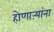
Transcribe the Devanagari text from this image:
होणाऱ्यांना